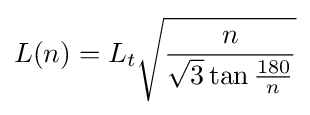
L(n)=L_{t}{\sqrt {\frac {n}{{\sqrt {3}}\tan {\frac {180}{n}}}}}